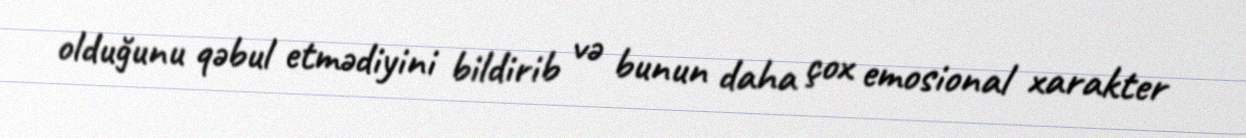
olduğunu qəbul etmədiyini bildirib və bunun daha çox emosional xarakter